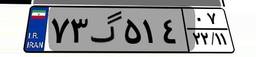
۷۳گ۵۱۴۰۷